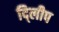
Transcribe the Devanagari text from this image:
दि्लीप